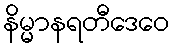
နိမ္မာနရတီဒေဝေ